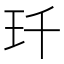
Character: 𤣳